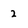
Character: 2